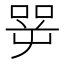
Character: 㖾